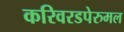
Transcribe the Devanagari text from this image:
करिवरडपेरुमल